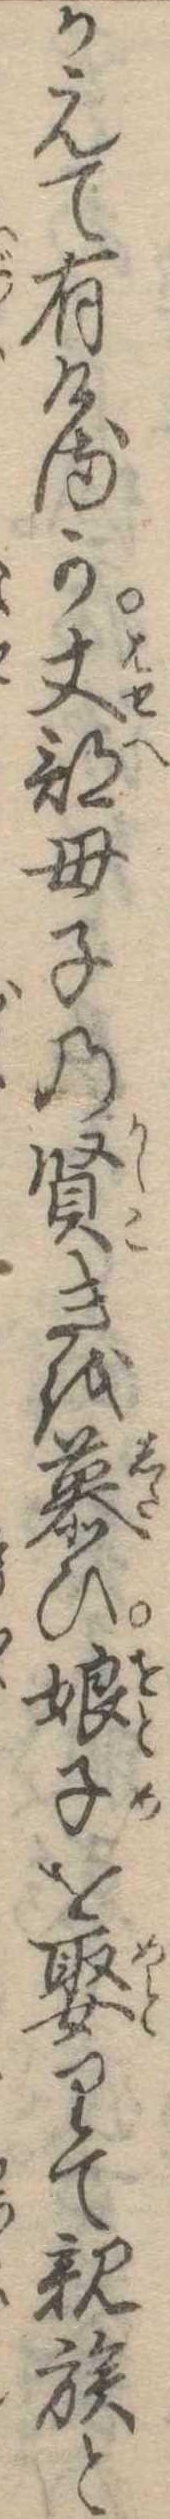
かえて有けるが丈部母子の賢きを慕ひ娘子を娶りて親族と